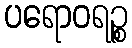
ပရောဝရဉ္စ